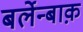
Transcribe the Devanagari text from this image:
बर्लेन्बाक़